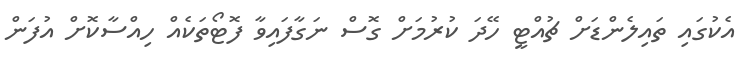
އެކުގައި ތައިލެންޑަށް ޗުއްޓީ ހޭދަ ކުރުމަށް ގޮސް ނަގާފައިވާ ފޮޓޯތަކެއް ހިއްސާކޮށް އުފަން